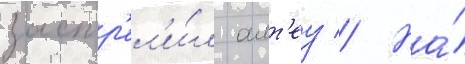
застр'ел'и́л алт'еу // На́